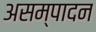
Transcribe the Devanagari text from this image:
असम्पादन